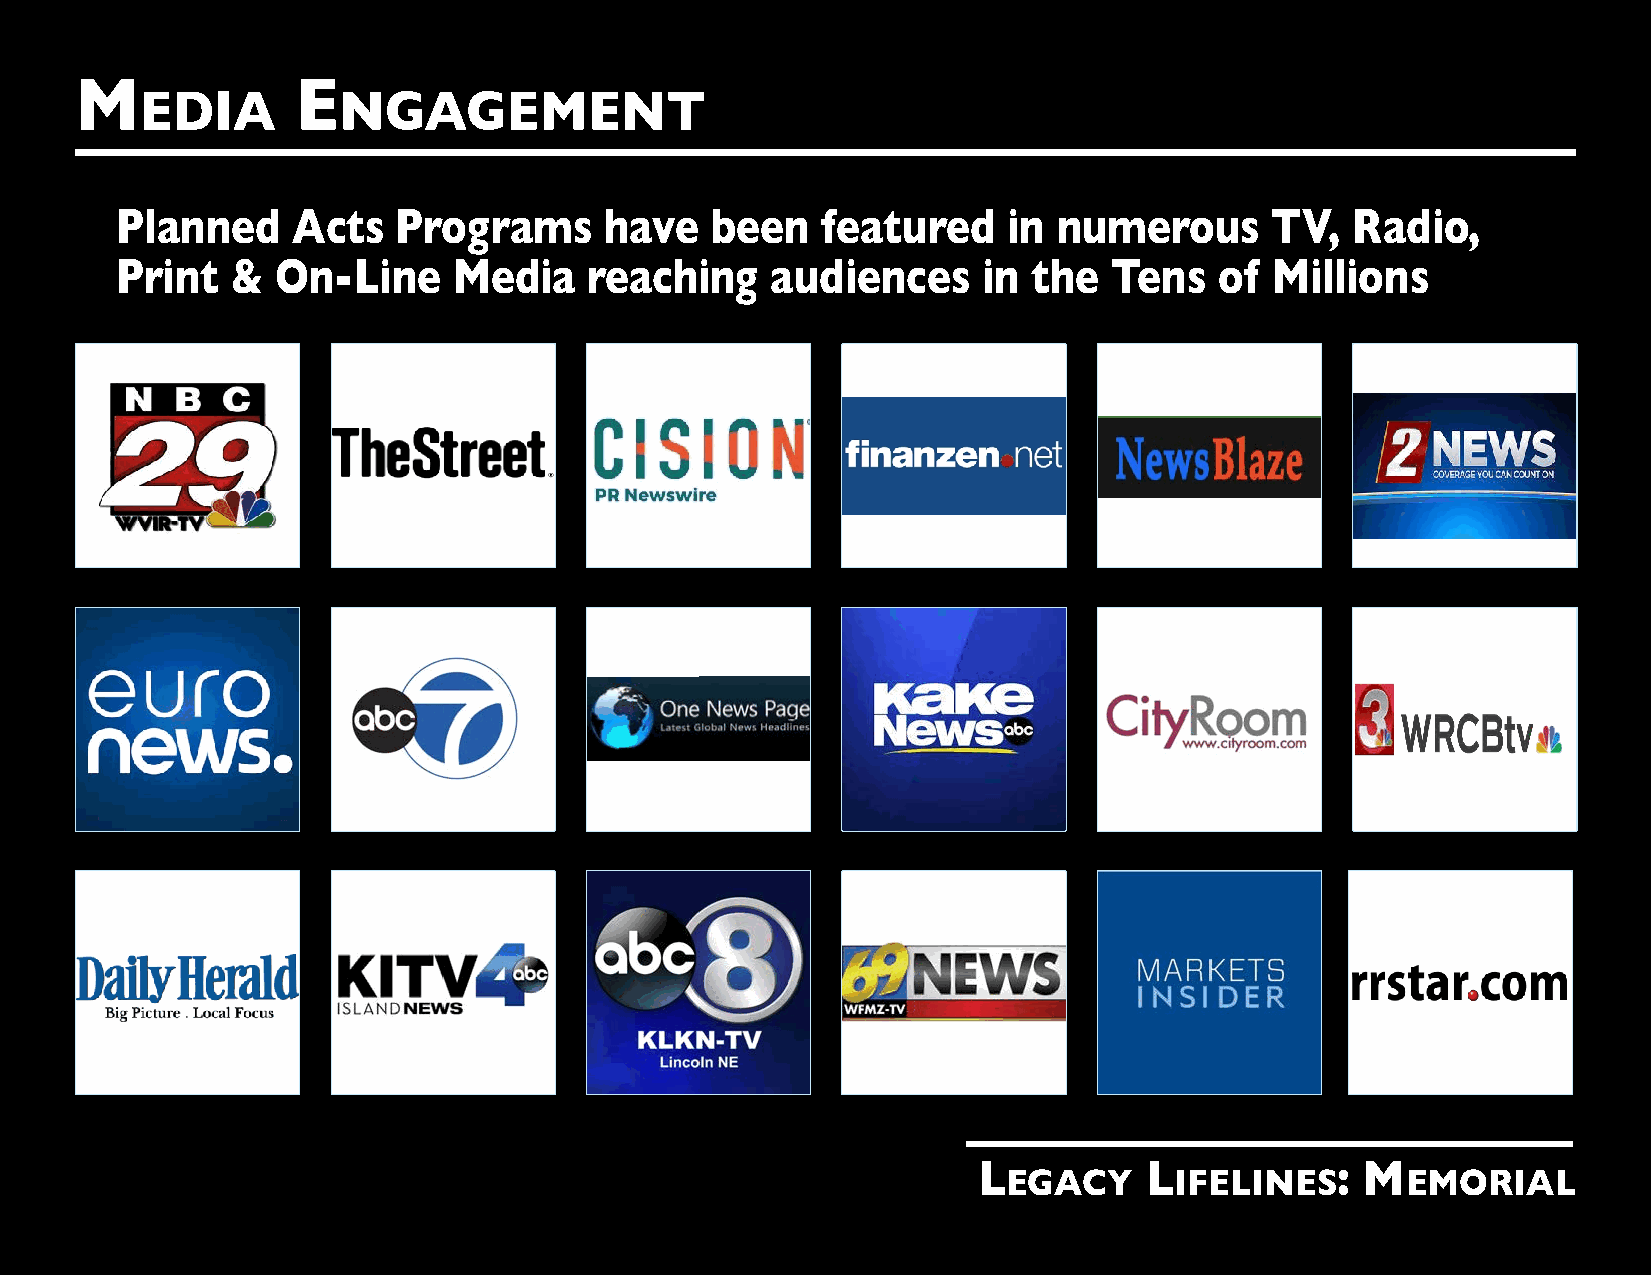
M              E
 EDIA         NGAGEMENT
 Planned    Acts   Programs      have   been   featured     in numerous      TV,  Radio,
 Print  &  On-Line     Media    reaching    audiences     in the   Tens   of Millions
 L          L           : M
 EGACY      IFELINES       EMORIAL